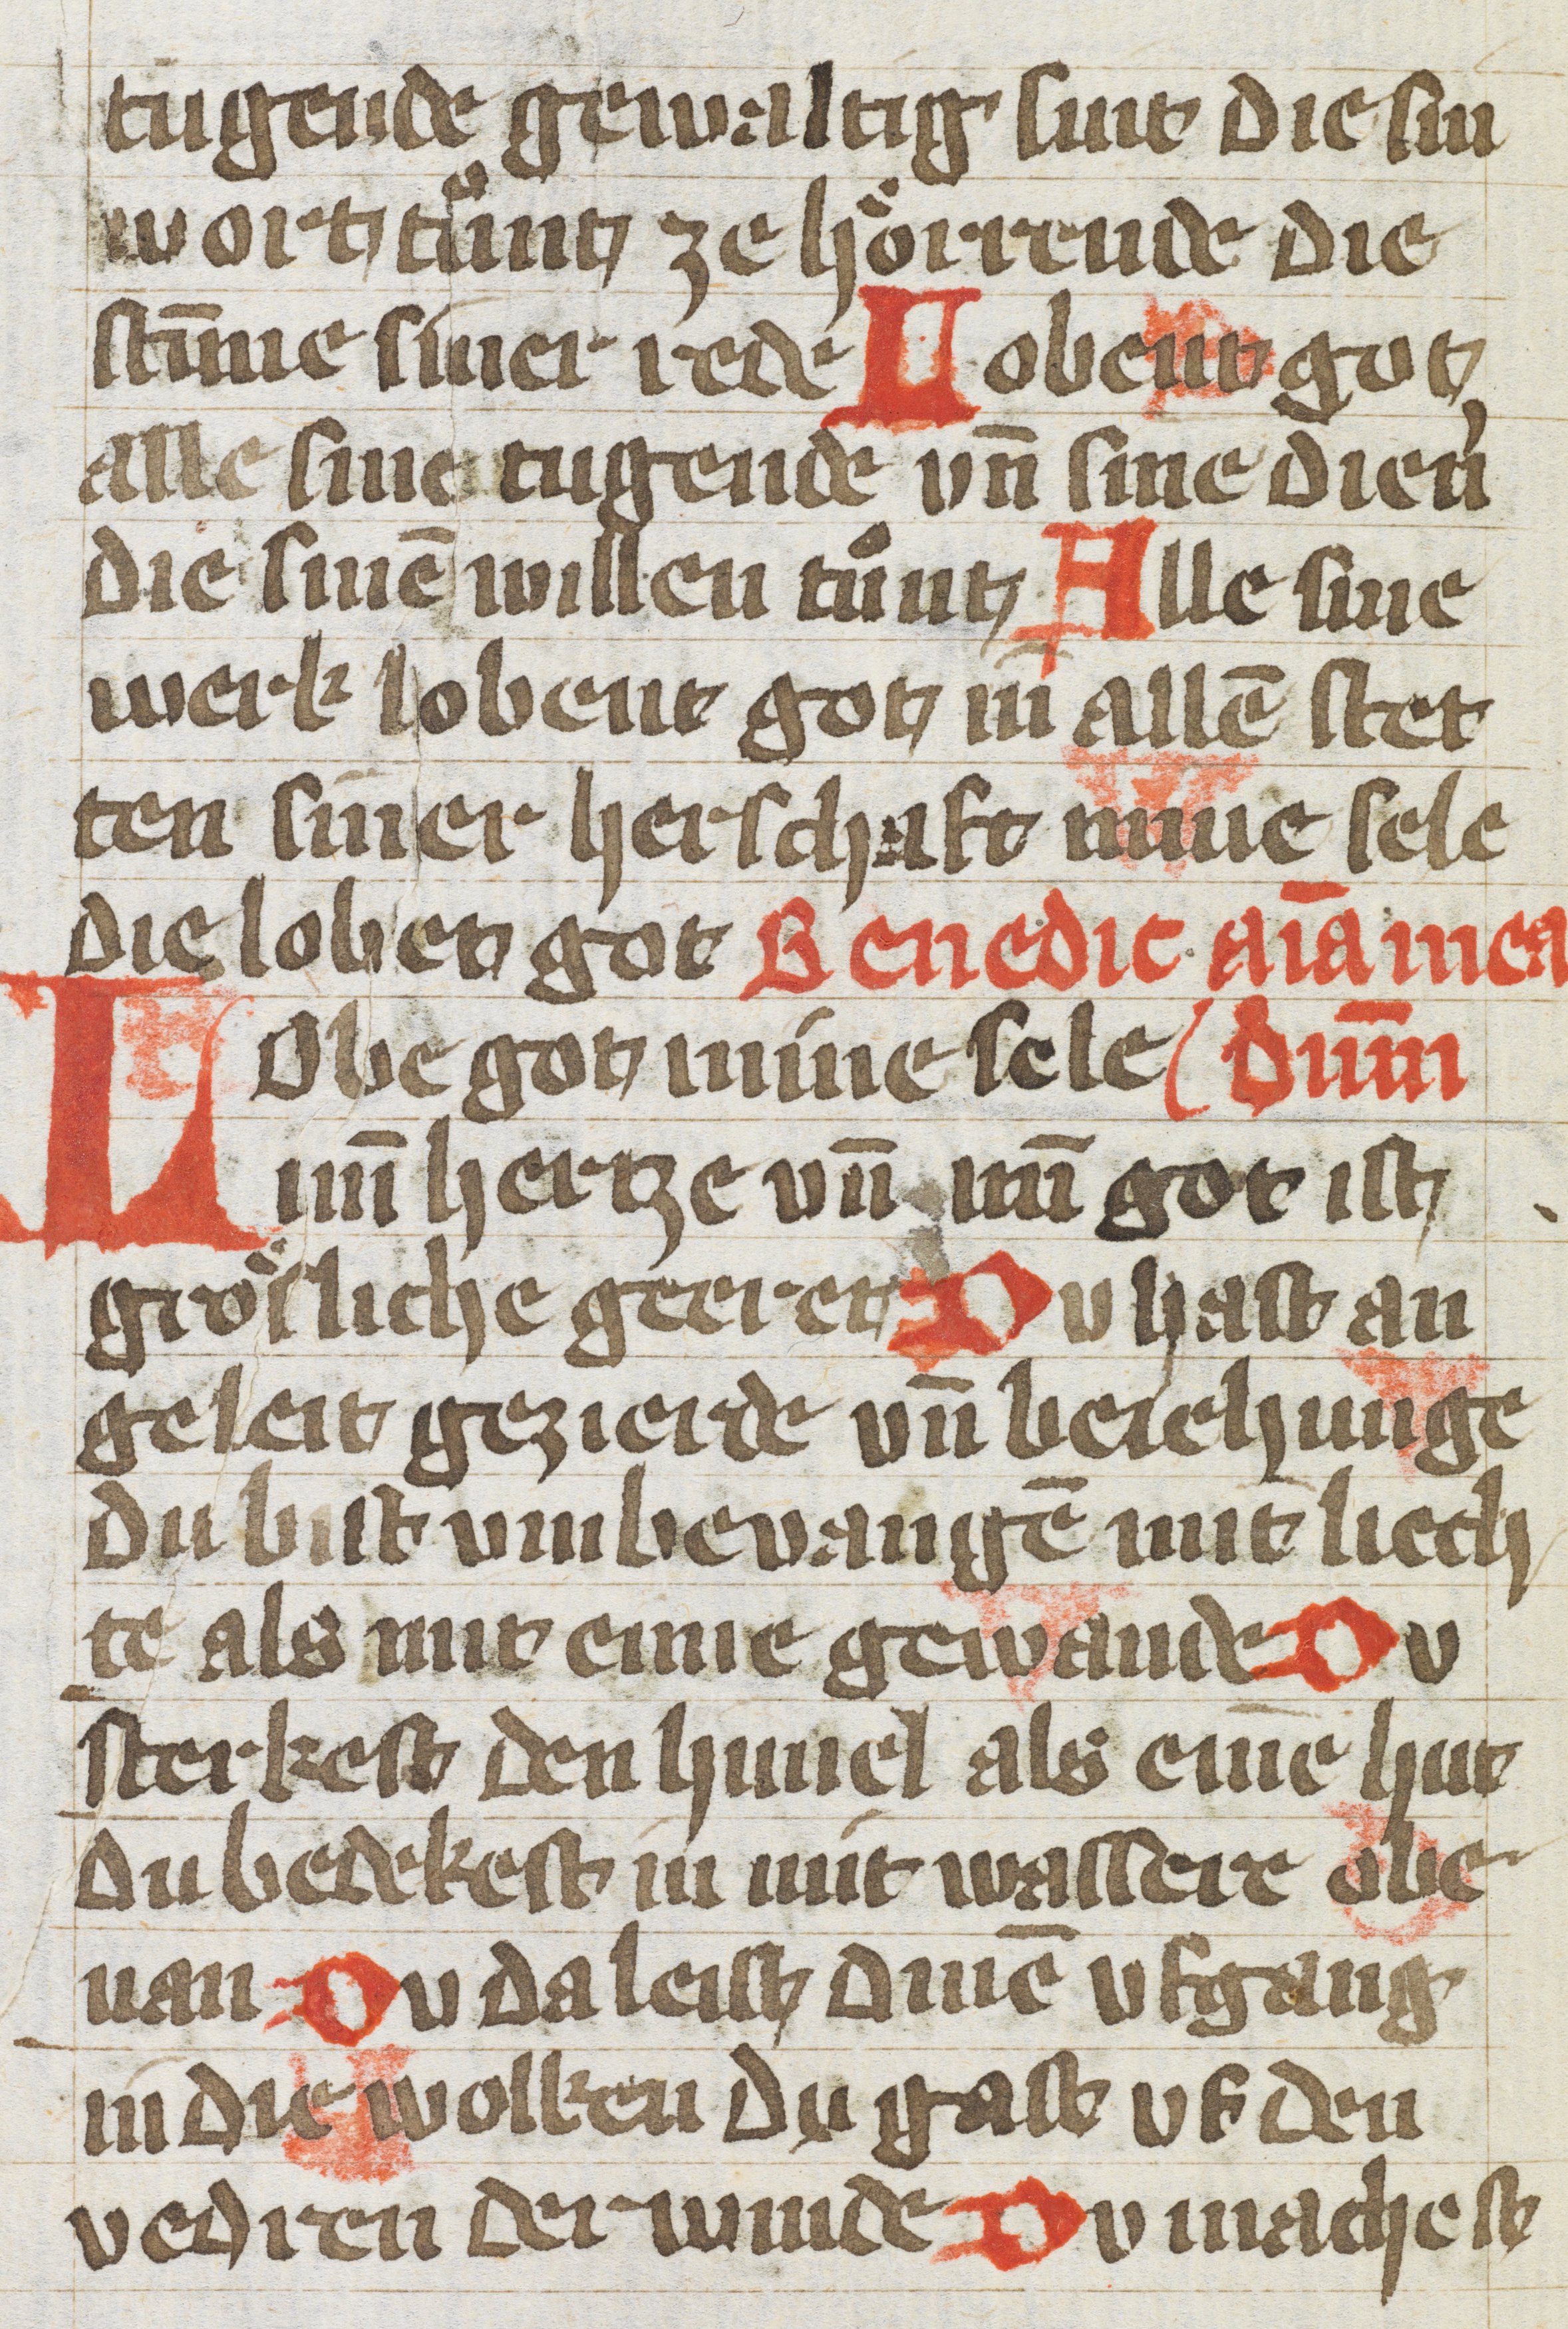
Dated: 1400–1430